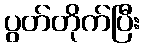
ပွတ်တိုက်ပြီး